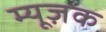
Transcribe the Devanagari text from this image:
म्यूज़क